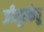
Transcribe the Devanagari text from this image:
जीमूतकेतु